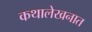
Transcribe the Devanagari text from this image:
कथालेखनात